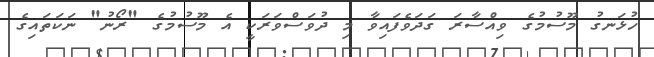
ހުޅަނގު މޫސުމުގެ ވިއްސާރަ ގަދަވެފައިވާ މި ދުވަސްވަރަކީ އެ މޫސުމުގެ "ރޯނު" ނަކަތައިގެ